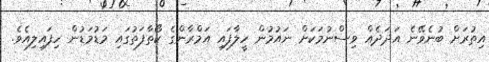
އިތުރަށް ބުނެވޭނެ އަދަދެއް ވިސްނުމަކަށް ނައުމުން ހީލާފައި އަމްރާންގެ ކޯތާފަތުގައި މަޑުމަޑުން ހިފައިލިއެވެ.